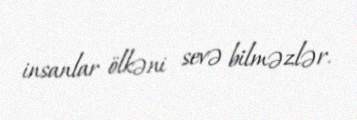
insanlar ölkəni sevə bilməzlər.